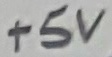
Text: +5V